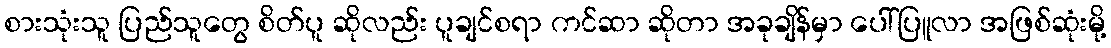
စားသုံးသူ ပြည်သူတွေ စိတ်ပူ ဆိုလည်း ပူချင်စရာ ကင်ဆာ ဆိုတာ အခုချိန်မှာ ပေါ်ပြူလာ အဖြစ်ဆုံးမို့